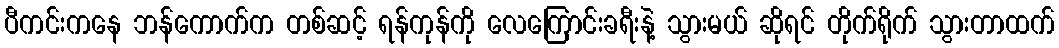
ပီကင်းကနေ ဘန်ကောက်က တစ်ဆင့် ရန်ကုန်ကို လေကြောင်းခရီးနဲ့ သွားမယ် ဆိုရင် တိုက်ရိုက် သွားတာထက်